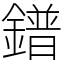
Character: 鐠